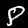
Digit: 8